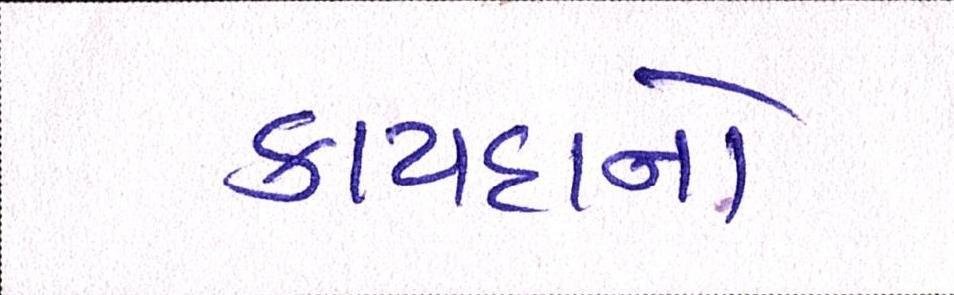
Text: કાયદાનો